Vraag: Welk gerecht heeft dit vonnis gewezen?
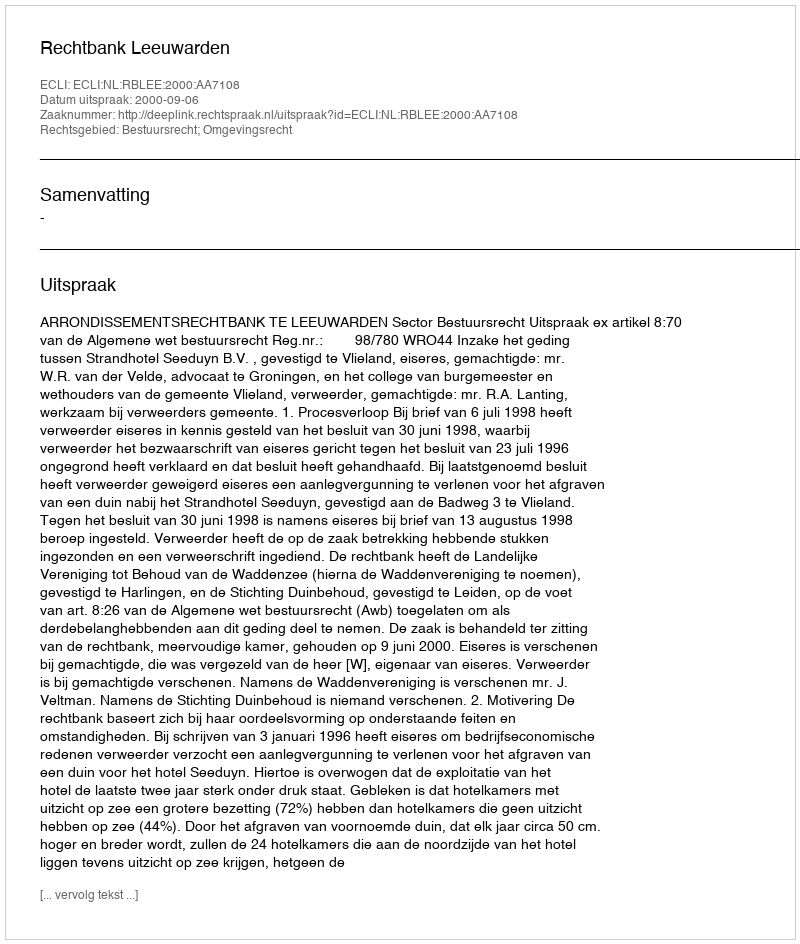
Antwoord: Rechtbank Leeuwarden